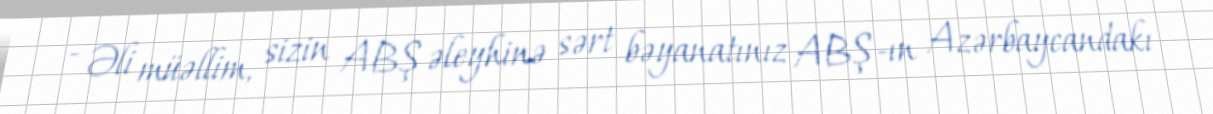
- Əli müəllim, sizin ABŞ əleyhinə sərt bəyanatınız ABŞ-ın Azərbaycandakı